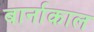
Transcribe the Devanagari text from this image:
बार्नाकाल